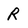
Character: R